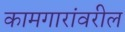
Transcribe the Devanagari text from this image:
कामगारांवरील